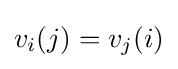
v_{i}(j)=v_{j}(i)